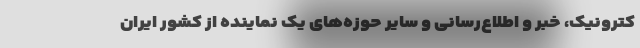
کترونیک، خبر و اطلاع‌رسانی و سایر حوزه‌های یک نماینده از کشور ایران